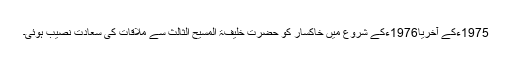
1975ءکے آخریا1976ءکے شروع میں خاکسار کو حضرت خلیفۃ المسیح الثالثؒ سے ملاقات کی سعادت نصیب ہوئی۔